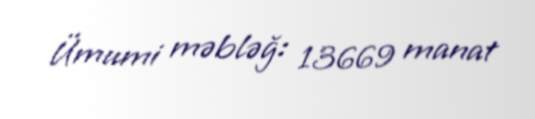
Ümumi məbləğ: 13669 manat